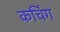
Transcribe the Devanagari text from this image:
कचिंग